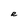
Character: R